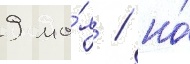
9 ма́я / но́